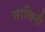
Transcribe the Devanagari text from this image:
नालिनी